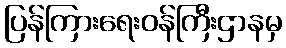
ပြန်ကြားရေးဝန်ကြီးဌာနမှ